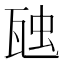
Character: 𭺟